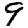
Digit: 9